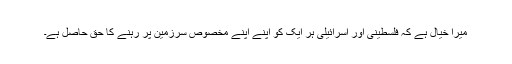
میرا خیال ہے کہ فلسطینى اور اسرائیلى ہر ایک کو اپنے اپنے مخصوص سرزمین پر رہنے کا حق حاصل ہے۔